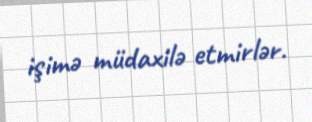
işimə müdaxilə etmirlər.